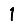
Digit: 1